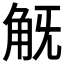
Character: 𧢾